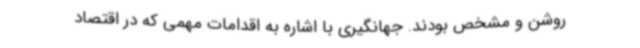
روشن و مشخص بودند. جهانگیری با اشاره به اقدامات مهمی که در اقتصاد